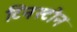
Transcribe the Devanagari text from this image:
टिनस्टोन